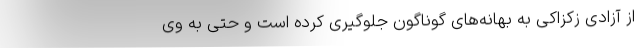
از آزادی زکزاکی به بهانه‌های گوناگون جلوگیری کرده است و حتی به وی